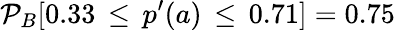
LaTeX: \mathcal{P}_{B}[0.33\, \leq\, p^{\prime}(a)\, \leq\, 0.71]=0.75